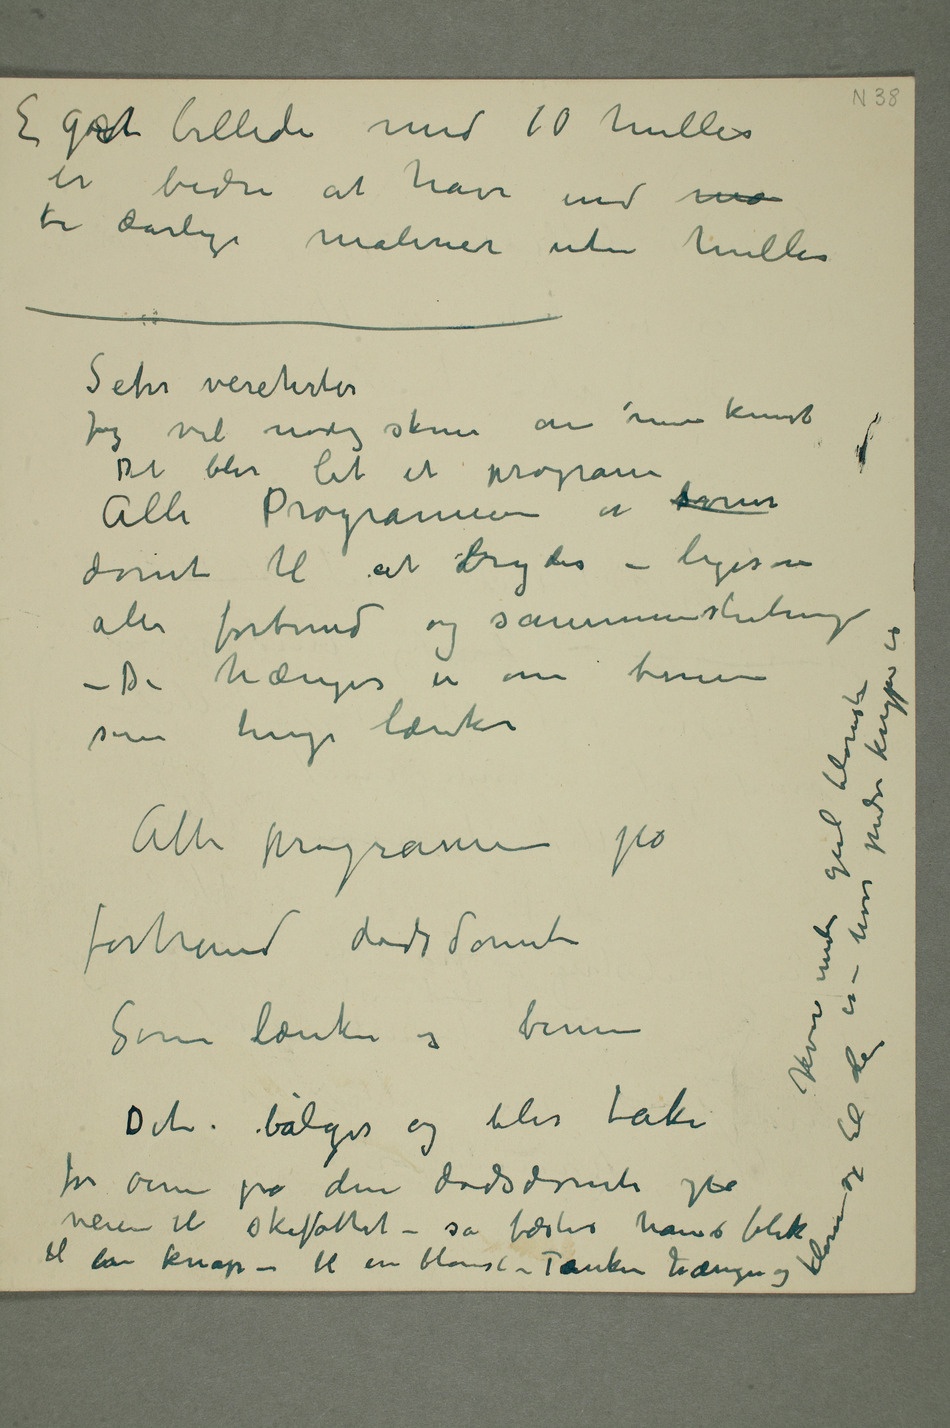
E godt billede med 10 huller
er bedre at have end ma
ti dårlige malerier uten huller
Sehr verehrter
Det blir let et program
dømt til at brydes – ligesom
alle forbund og sammenslutninger –
Alle program på forhånd dødsdømte
til en knop – til en blomst – Tanken hænger og klorer sig til dem